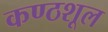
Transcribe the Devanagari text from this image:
कण्ठशूल